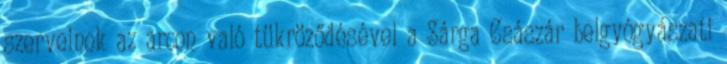
szerveinek az arcon való tükröződésével a Sárga Császár belgyógyászati